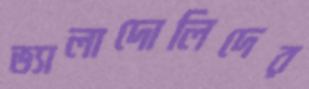
ভ্যালাদোলিদের